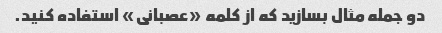
دو جمله مثال بسازید که از کلمه «عصبانی» استفاده کنید.